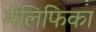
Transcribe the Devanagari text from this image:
मेलिफिका